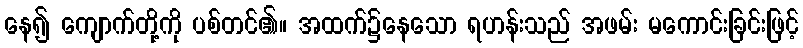
နေ၍ ကျောက်တို့ကို ပစ်တင်၏။ အထက်၌နေသော ရဟန်းသည် အဖမ်း မကောင်းခြင်းဖြင့်